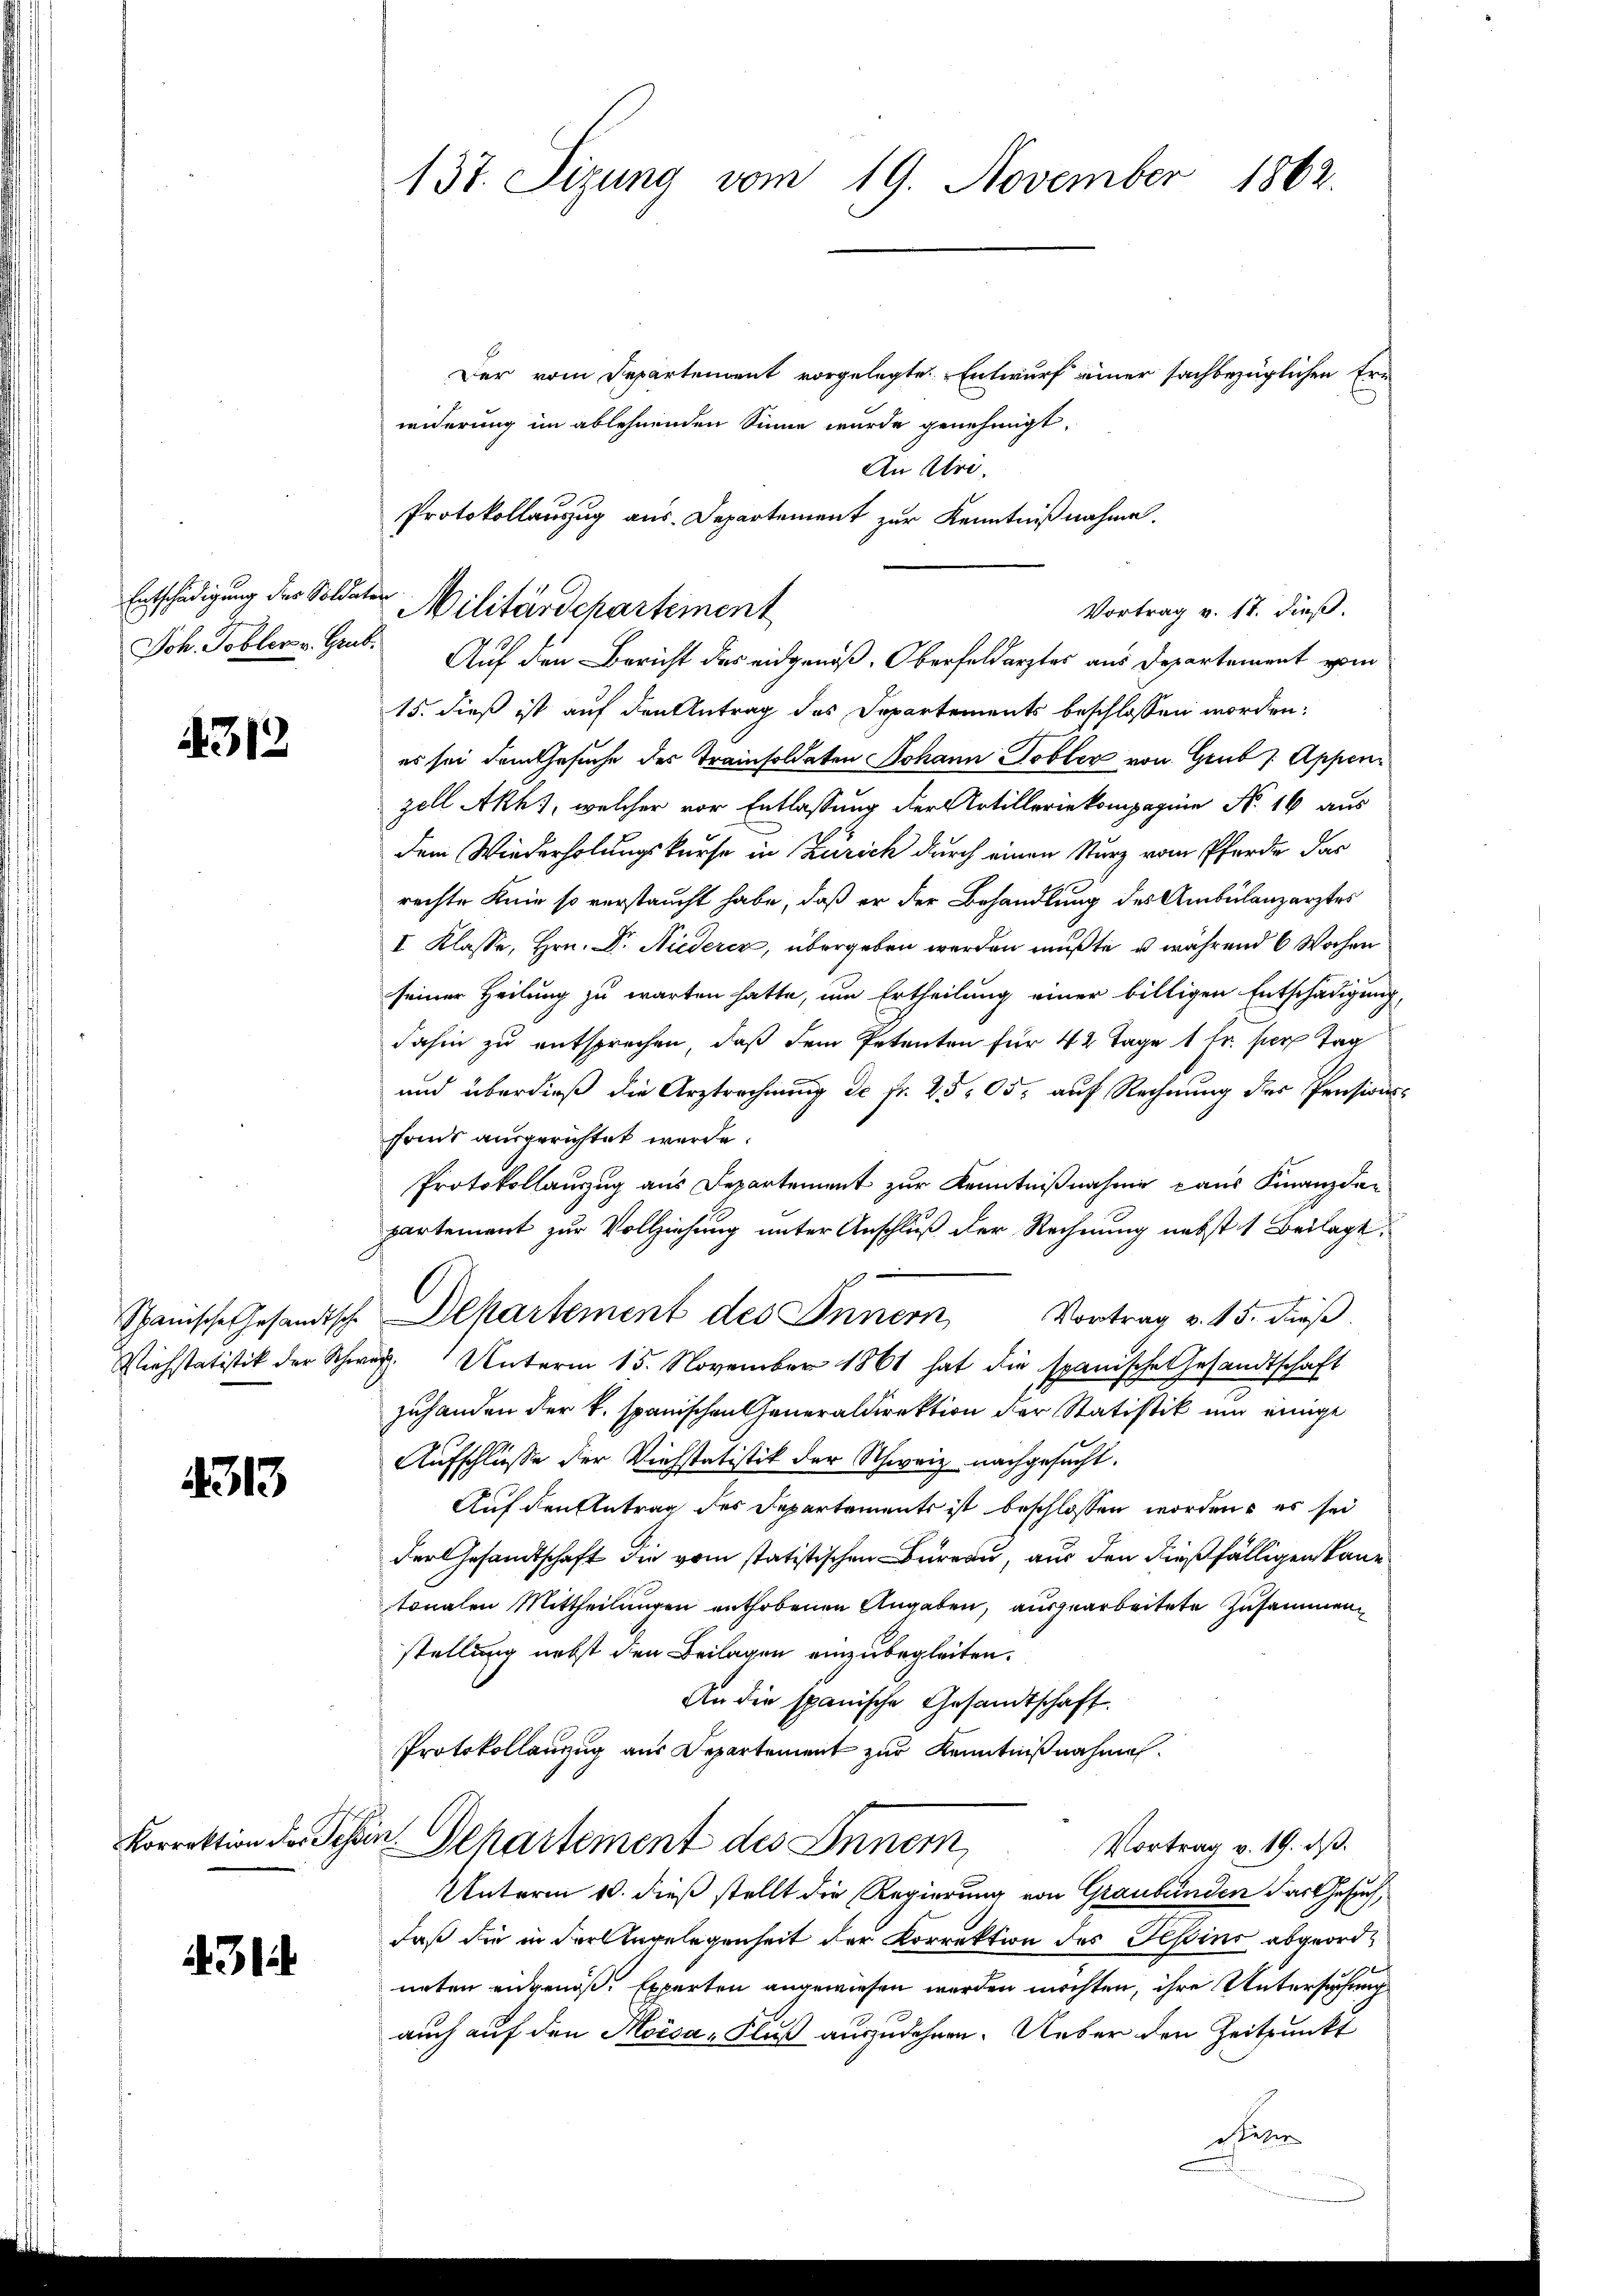
Entschädigung der Soldater
Joh. Tobler v. Grub.

4312

4313

314

137. Sizung vom 19. November 1862.

Der vom Departendent vorgelegte Entwurf einer sachbezüglichen Err
widerung im ablehnenden Sinne wurde genehmigt.
An Uri.
Protokollauzug aus. Departement zur Kenntnißnahme.
Vortrag v. 17. dieß.
Auf den Bericht des eidgenoß, Oberfeldarztes aus Departement vom
15. dieß ist auf den Antrag des Departements beschlossen worden.
es sei dem Gesuche des Trainsoldaten Johann Tobler von Grub / Appen
zell Akhs, welcher vor Entlassung der Artilleriekompagnie No 16 aus
Dem Wiederholungskurse in Zürich durch einen Sturz vom Pferde das
rechte Knie so verstaucht habe, daß er der Behandlung des Ambulanzarztes
I Klasse, Hrn. Dr. Niedercz, übergeben werden mußte, u während 6 Wochen
seiner Heilung zu warten hatte, um Ertheilung einer billigen Entschädigung,
dahin zu entsprechen, daß dem Petenten für 42 Tage 1 Fr. per Tag
und überdieß die Arztrechnung de fr. 2505, auf Rechnung des Pensionsfonds ausgerichtet werde.
Protokollauszug aus Departement zur Kenntnißnahme caus Finanzdepartement zur Vollziehung unter Anschluß der Rechnung nebst 1 Beilage
Schanische Gesandtsch. Departement des Innern, Vortrag v. 15. dieß.
Viehstatistik der Schweiz. Unterm 15. November 1861 hat die spanische Gesandtschaft
zuhanden der k. spanischen Generaldirektion der Statistik und einige
Aufschlüsse der Viehstatistik der Schweiz nachgesucht.
Auf den Antrag des Departements ist beschlossen worden, es sei
der Gesandtschaft die vom statistischen Bureau, aus den dießfälligen Kantonalen Mittheilungen enthobenen Angaben, ausgearbeitete Zusammenstellung nebst den Beilagen einzubegleiten.
An die spanische Gesandtschaft
Protokollanzug aus Departement zur Kenntnißnahmen.
Korrektion der Schein. Departement des Inner
Vortrag v. 19. ds.
Unterm 10. dieß stellt die Regierung von Graubünden das Gesuch,
daß die in der Angelegenheit der Korrektion des Pepins abgeordneten eidgenöß. Experten angewiesen werden möchten, ihre Untersuchung
auch auf den Moisa, Fluß auszudehnen. Ueber den Zeitpunkt
esteher

Militärdepartement